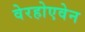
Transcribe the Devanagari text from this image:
वेरहोएवेन